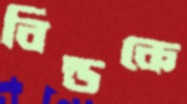
বিল্ডকে